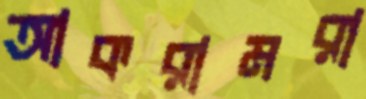
আকরামরা